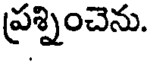
ప్రశ్నించెను.